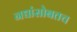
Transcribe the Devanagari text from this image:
नद्यांसोबतच